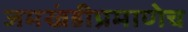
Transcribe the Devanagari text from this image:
जमखंडीप्रमाणेच